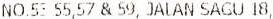
NO.53 55,57 & 59, JALAN SAGU 18,